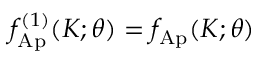
f _ { \mathrm { A p } } ^ { ( 1 ) } ( K ; \theta ) = f _ { \mathrm { A p } } ( K ; \theta )